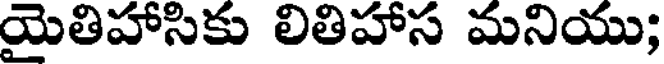
యైతిహాసికు లితిహాస మనియు;